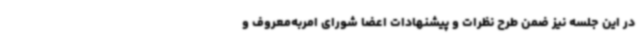
در این جلسه نیز ضمن طرح نظرات و پیشنهادات اعضا شورای امربه‌معروف و